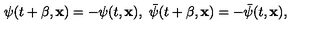
\psi ( t + \beta , { \bf x } ) = - \psi ( t , { \bf x } ) , \ \bar { \psi } ( t + \beta , { \bf x } ) = - \bar { \psi } ( t , { \bf x } ) ,